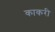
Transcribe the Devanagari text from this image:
काकरी